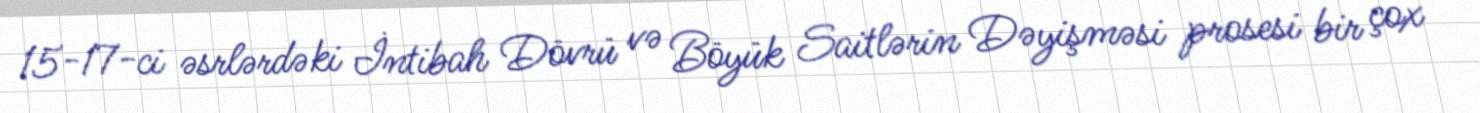
15-17-ci əsrlərdəki İntibah Dövrü və Böyük Saitlərin Dəyişməsi prosesi bir çox